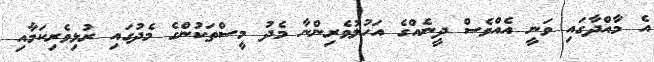
އެ މާއްދާގައި ވަނީ އެއްވެސް ދީނެއްގެ އަހުލުވެރިންނާ މެދު މީސްތަކުންގެ މެދުގައި ރުޅިވެރިކަމާއި